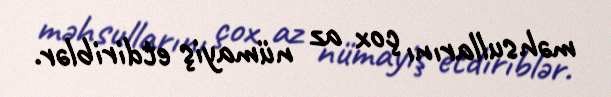
məhsullarını çox az nümayiş etdiriblər.